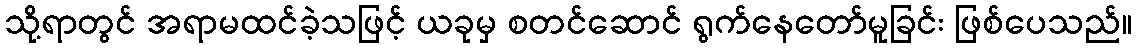
သို့ရာတွင် အရာမထင်ခဲ့သဖြင့် ယခုမှ စတင်ဆောင် ရွက်နေတော်မူခြင်း ဖြစ်ပေသည်။